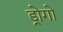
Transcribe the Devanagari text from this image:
ड्रोगो